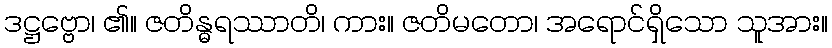
ဒဋ္ဌဗ္ဗော၊ ၏။ ဇတိန္ဓရဿာတိ၊ ကား။ ဇတိမတော၊ အရောင်ရှိသော သူအား။